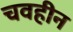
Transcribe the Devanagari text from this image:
चवहीन